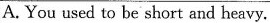
A.You used to be short and heavy.